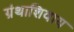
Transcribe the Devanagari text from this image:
ग्रंथाशिवाय